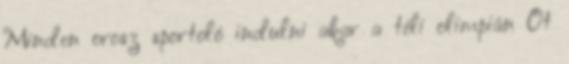
Minden orosz sportoló indulni akar a téli olimpián Öt